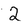
Character: Q